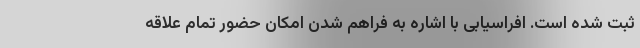
ثبت شده است. افراسیابی با اشاره به فراهم شدن امکان حضور تمام علاقه